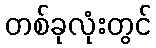
တစ်ခုလုံးတွင်